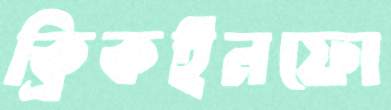
ক্রিকইনফো